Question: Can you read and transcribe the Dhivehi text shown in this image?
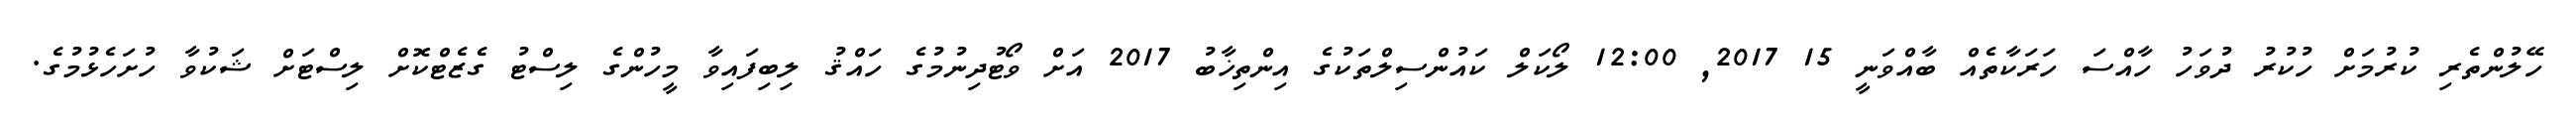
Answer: ހޭލުންތެރި ކުރުމަށް ހުކުރު ދުވަހު ހާއްސަ ހަރަކާތެއް ބާއްވަނީ 15 2017, 12:00 ލޯކަލް ކައުންސިލްތަކުގެ އިންތިޚާބު 2017 އަށް ވޯޓުދިނުމުގެ ހައްޤު ލިބިފައިވާ މީހުންގެ ލިސްޓު ގެޒެޓްކޮށް ލިސްޓަށް ޝަކުވާ ހުށަހެޅުމުގެ.